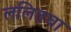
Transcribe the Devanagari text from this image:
ललितचा